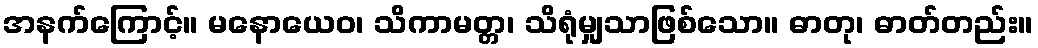
အနက်ကြောင့်။ မနောယေဝ၊ သိကာမတ္တ၊ သိရုံမျှသာဖြစ်သော။ ဓာတု၊ ဓာတ်တည်း။